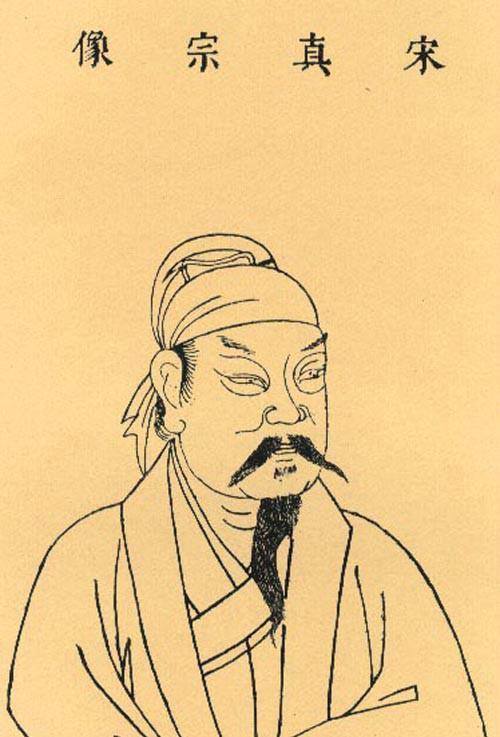
娶妻莫恨无良媒，书中自有颜如玉。